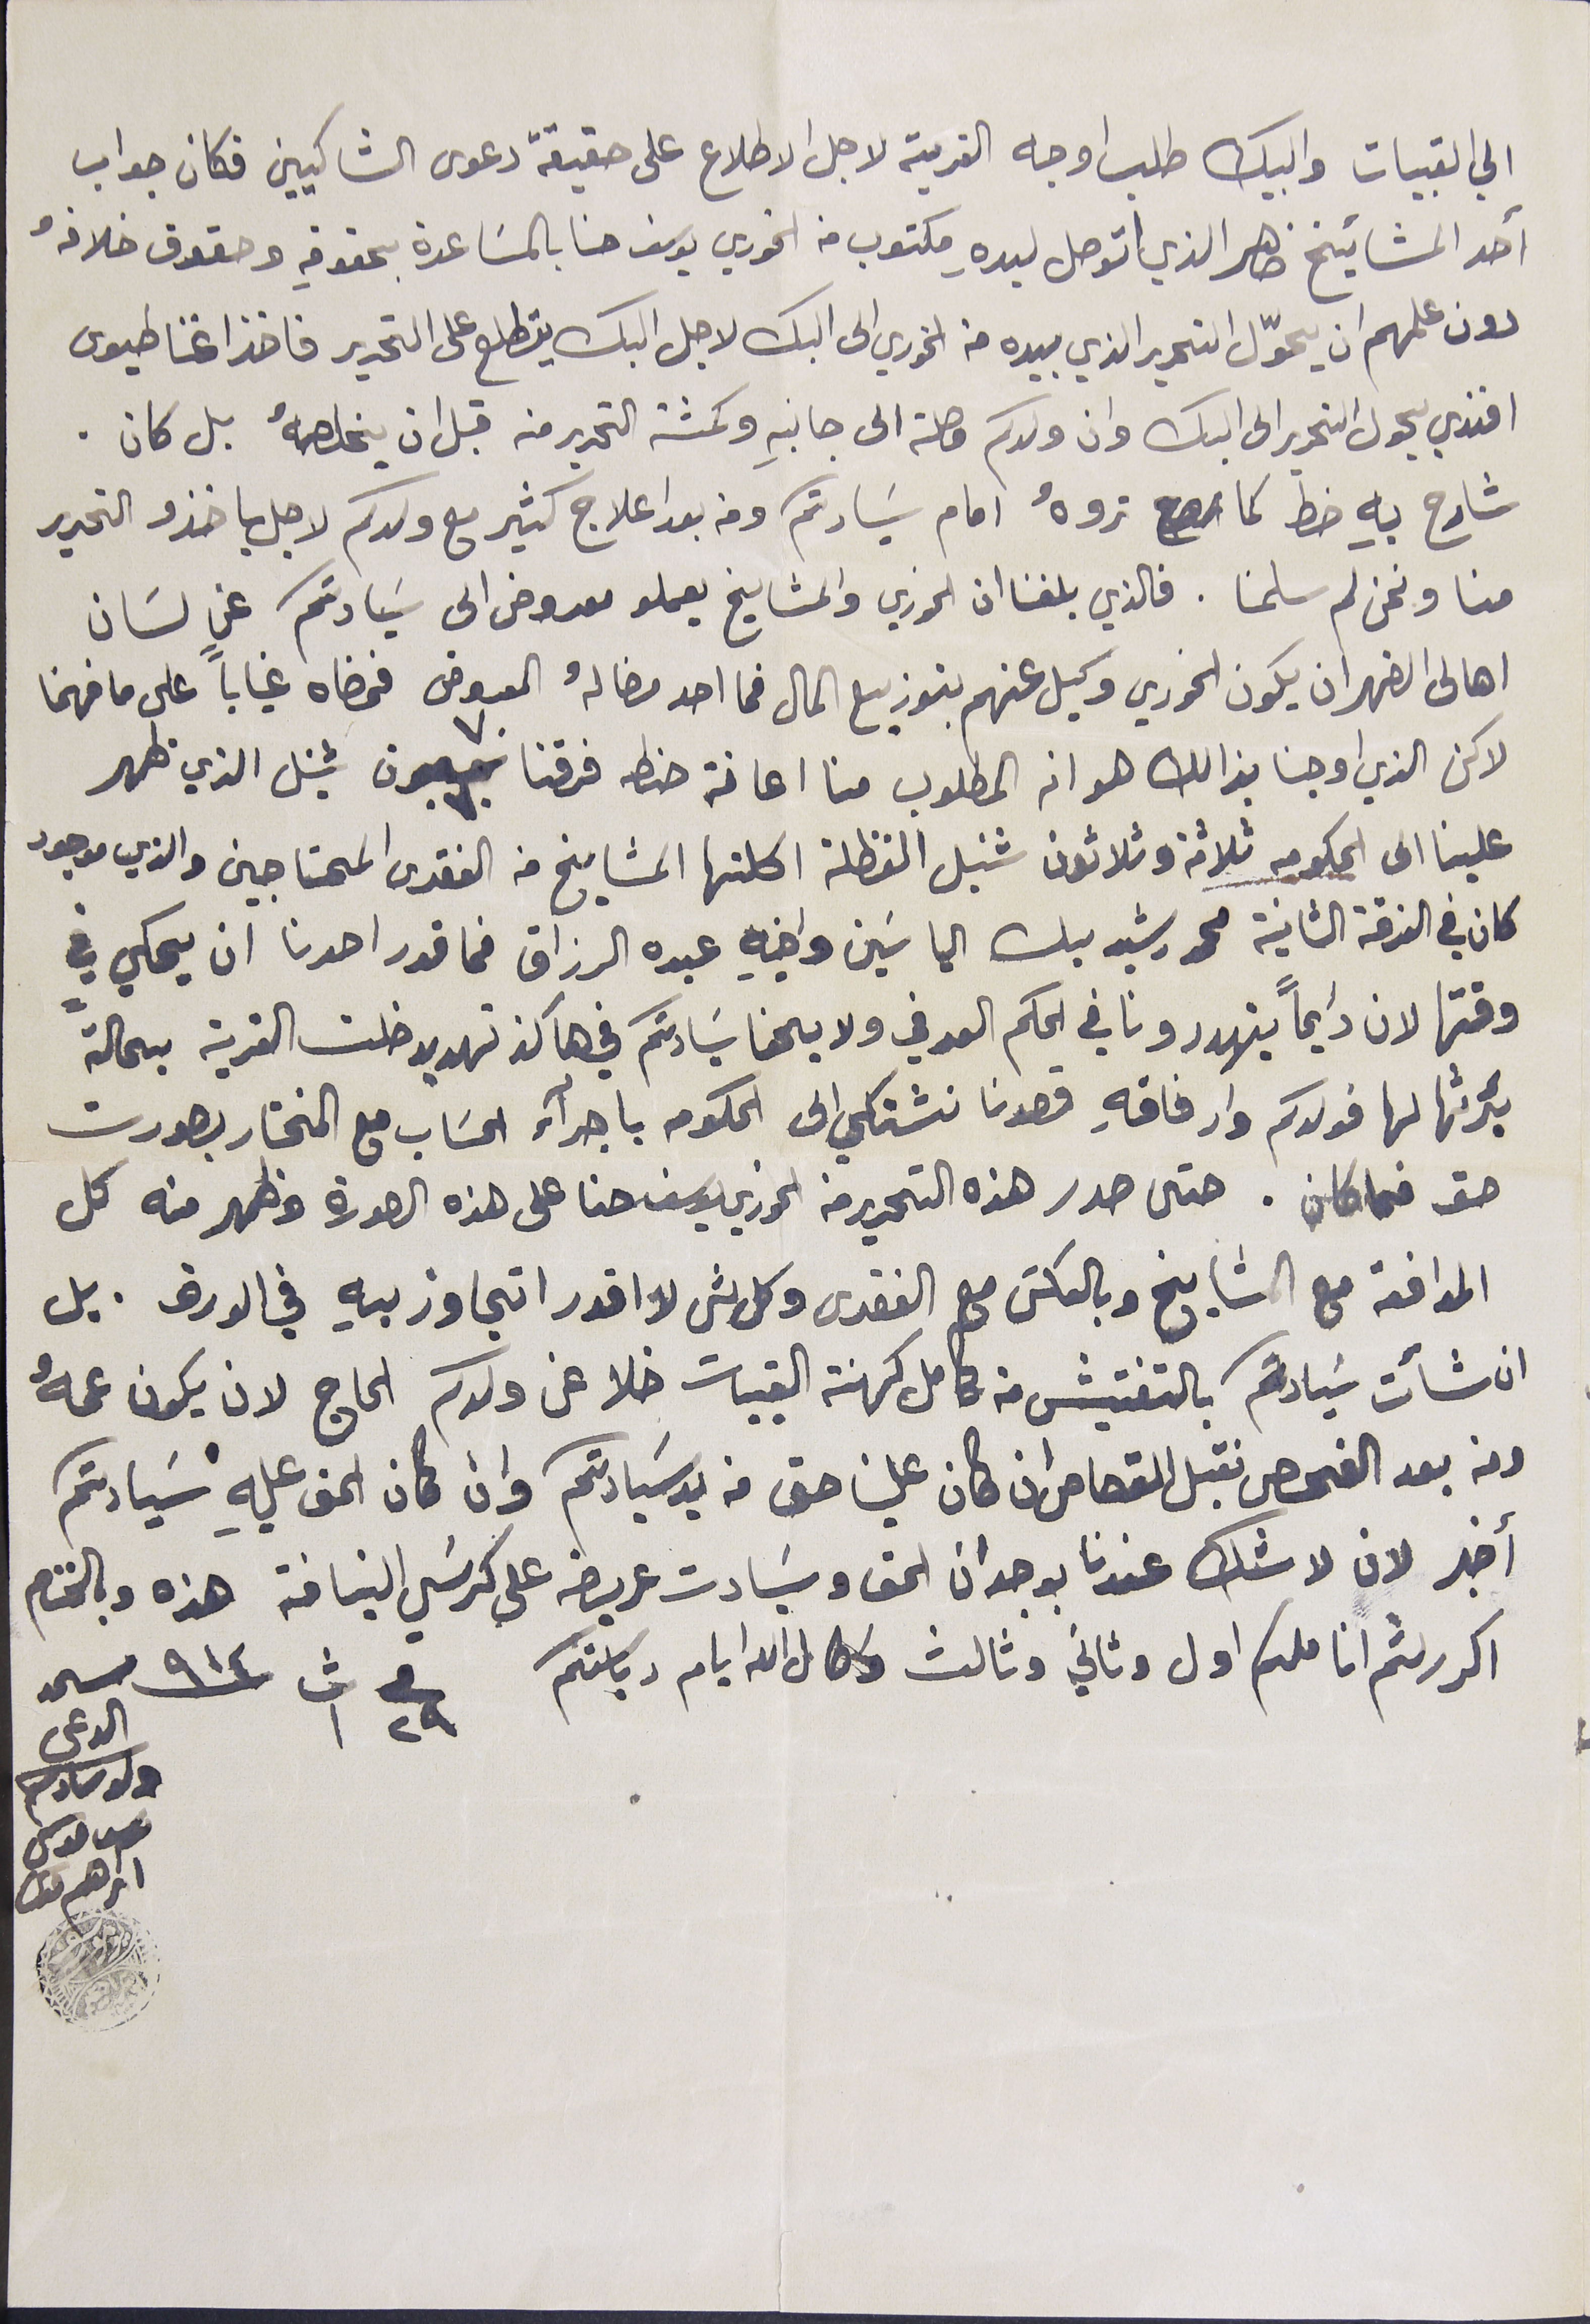
الى القبيات والبيك طلب اوجه القرية لاجل الاطلاع على حقيقة دعوى الشاكيين فكان جواب
أحد المشائيخ ضاهر الذي اتوصل ليده مكتوب من الخوري يوسف حنا بالمسَاعدة بحقوقه وحقوق خلافهُ
دون علمهم ان يحوّل التحرير الذي بيده من الخوري الى البك لاجل البك يتطلع على التحرير فاخذ اغناطيوس
افندي يحول التحرير الى البك وان ولدكم وصلته الى جانبه وكمشة التحرير من قبل ان يخلصهُ بل كان.
شارح بهِ خط كما رح تروهُ امام سَيادتكم ومن بعد اعلاج كثير مع ولدكم لاجل ياخذو التحرير
منا ونحن لم سلمنا. فالذي بلغنا ان الخوري والمشايخ يعملو معروض الى سَيادتكم عن لسان
اهالى الضهر ان يكون الخوري وكيل عنهم بتوزيع المال فما احد مضا لهُ المعروض فمضاه غياباً على ما فهمنا
لاكن الذي اوجنا بذالك هو انه المطلوب منا اعانة حنطه فرقنا ٧٠ سبعون شينل الذي ظهر
علينا الى الحكومه ثلاثة وثلاثون شنبل الفظلة اكلتها المشايخ من الفقرى المحتاجين والذي موجود
كان في الفرقة الثانية محمد رشيد بك الياسَين واخيه عبده الرزاق فما قدر احدنا ان يحكي في
وقتها لان دايماً يتهددونا في الحكم العرفي ولا يحفا سَيادتكم في هاكذ تهديدات خلت القرية بحالةً
بئرثها لها فولدكم وارفاقهِ قصدنا نشتكي الى الحكومة باجرآء الحسَاب مع المختار بصورت
حق فما كان. حتى صدر هذه التحرير من الخوري يوسف حنا على هذه الصورة وظهر منه كل
الموافقه مع المشايخ وبالعكسَ مع الفقرى وكل شى لا اقدر اتجاوز بهِ في الورق . بل
ان شأت سَيادتكم بالتفتيش من كامل كهنة القبيات خلا عن ولدكم الحاج لان يكون عمهُ
ومن بعد الفحص نقبل القصاص ان كان علينا حق من يد سَيادتكم وان كان الحق عليهِ سَيادتكم
أخبر لان لا شك عندنا بوجدان الحق وسَيادت عريضه على كرسَي النيافه هذه وبالختام
اكرر لثم اناملكم اول وثاني وثالث واطال الله ايام رياستكم  فى ٢٩ ت١ ٩١٤                                                                         مستمد الدعى
ولد سادكم ىوسف موسى ابراهم